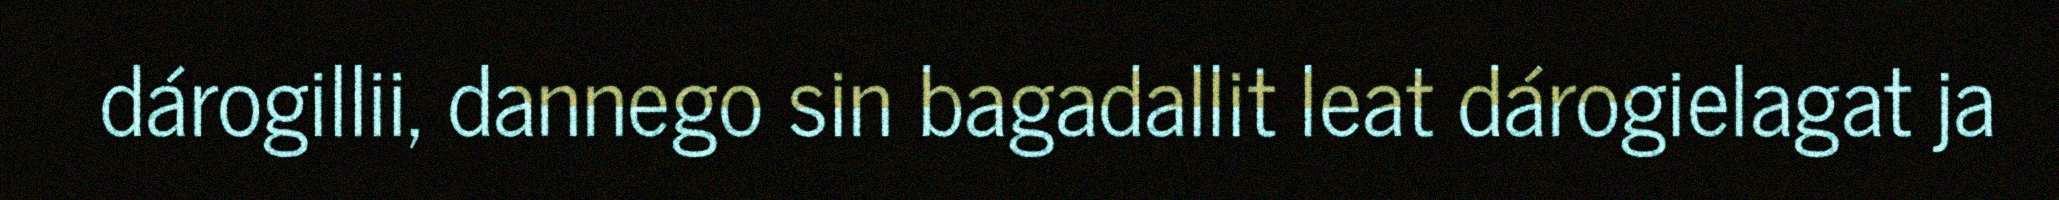
dárogillii, dannego sin bagadallit leat dárogielagat ja